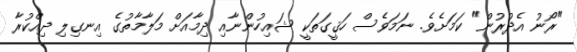
"ރޯނު އެދުރުން" ކަމަށެވެ. ނަމަވެސް ހަޤީގަތަކީ ޝައިހުންނާއި ދިމާއަށް މަލާމާތުގެ އިނގިލި ދިއްކުރާ